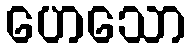
ဟေသော